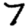
Digit: 7